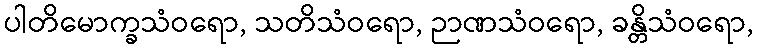
ပါတိမောက္ခသံဝရော, သတိသံဝရော, ဉာဏသံဝရော, ခန္တိသံဝရော,